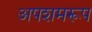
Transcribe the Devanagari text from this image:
अपशमरूप